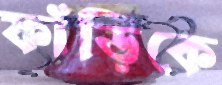
ফাঁড়িকে